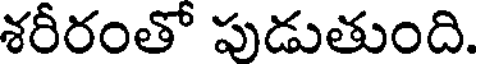
శరీరంతో పుడుతుంది.